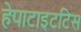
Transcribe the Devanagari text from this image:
हेपाटाइटटिस